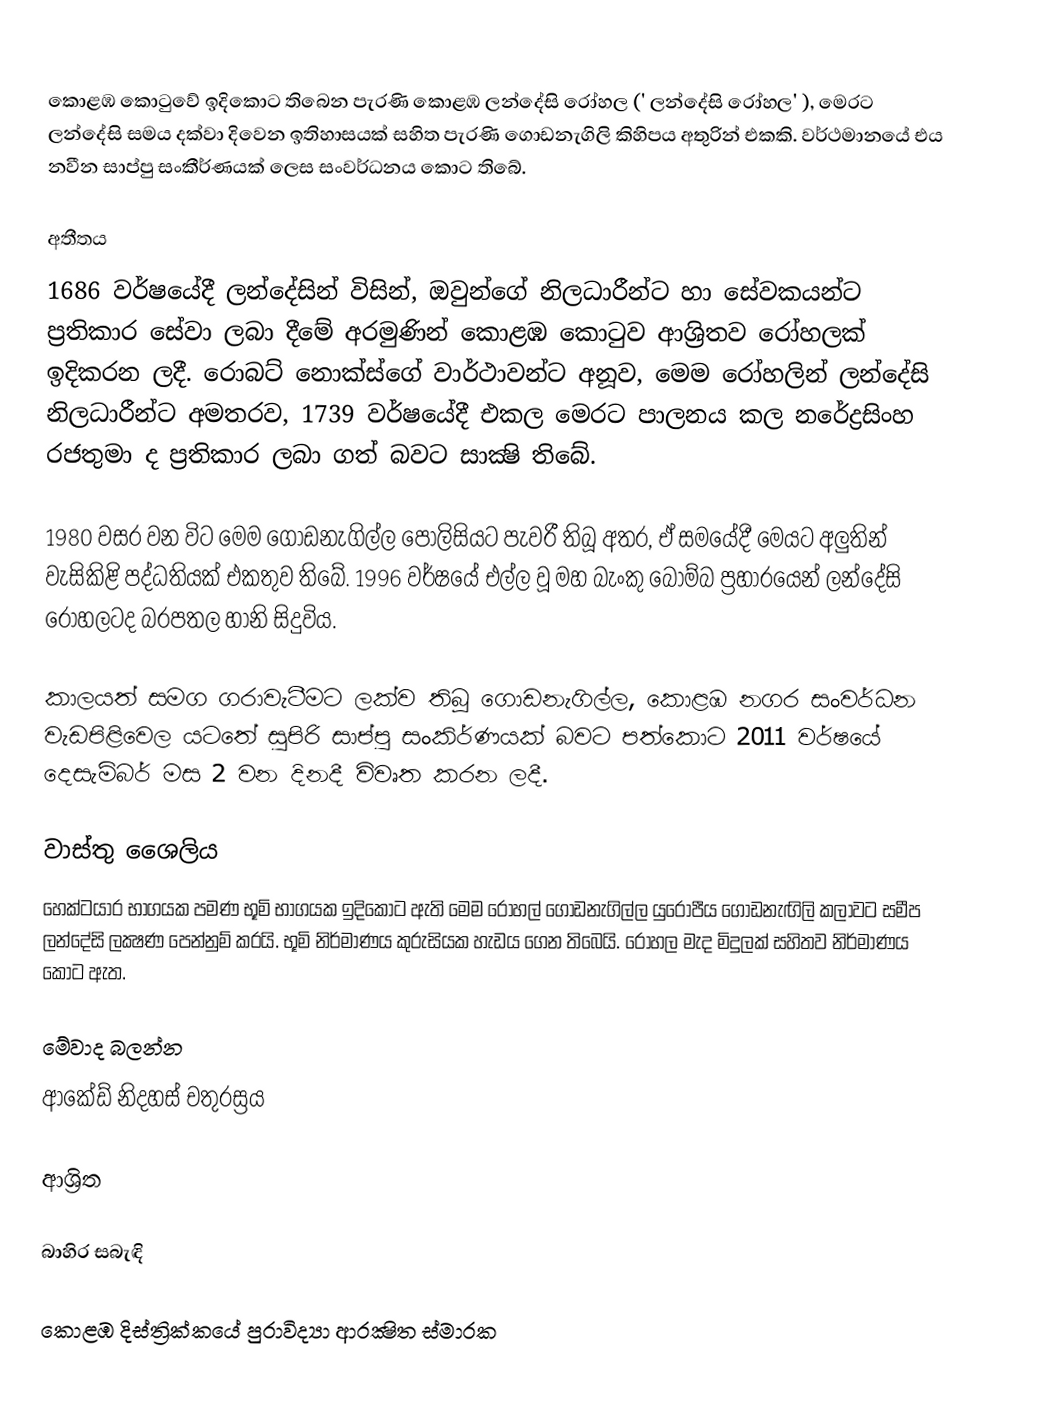
කොළඹ කොටු‍වේ ඉදිකොට තිබෙන පැරණි කොළඹ ලන්දේසි රෝහල (' ලන්දේසි රෝහල' ), මෙරට ලන්දේසි සමය දක්වා දිවෙන ඉතිහාසයක් සහිත පැරණි ගොඩනැගිලි කිහිපය අතුරින් එකකි. වර්ථමානයේ එය නවීන සාප්පු සංකීර්ණයක් ලෙස සංවර්ධනය කොට තිබේ.

අතීතය
1686 වර්ෂයේදී ලන්දේසින් විසින්, ඔවුන්ගේ නිලධාරීන්ට හා සේවකයන්ට ප්‍රතිකාර සේවා ලබා දීමේ අරමුණින් කොළඹ කොටු‍ව ආශ්‍රිතව රෝහලක්‌ ඉදිකරන ලදී. රොබට් නොක්ස්ගේ වාර්ථාවන්ට අනූව, මෙම රෝහලින් ලන්දේසි නිලධාරීන්ට අමතරව, 1739 වර්ෂයේදී එකල මෙරට පාලනය කල නරේද්‍රසිංහ රජතුමා ද ප්‍රතිකාර ලබා ගත් බවට සාක්‍ෂි තිබේ.

1980 වසර වන විට මෙම ගොඩනැගිල්ල පොලිසියට පැවරී තිබූ අතර, ඒ සමයේදී මෙයට අලුතින් වැසිකිළි පද්ධතියක් එකතුව තිබේ. 1996 වර්ෂයේ එල්ල වූ මහ බැංකු බෝම්බ ප්‍රහාරයෙන් ලන්දේසි රෝහලටද බරපතල හානි සිදුවිය.

කාලයත් සමග ගරාවැටීමට ලක්ව තිබූ ගොඩනැගිල්ල, කොළඹ නගර සංවර්ධන වැඩපිළිවෙල යටතේ සුපිරි සාප්පු සංකිර්ණයක් බවට පත්කොට 2011 වර්ෂයේ දෙසැම්බර් මස 2 වන දිනදී විවෘත කරන ලදී.

වාස්තු ශෙෙලිය
හෙක්‌ටයාර භාගයක පමණ භූමි භාගයක ඉදිකොට ඇති මෙම රෝහල් ගොඩනැගිල්ල යුරෝපීය ගොඩනැඟිලි කලාවට සමීප ලන්දේසි ලක්‍ෂණ පෙන්නුම් කරයි. භූමි නිර්මාණය කුරුසියක හැඩය ගෙන තිබෙයි. රෝහල මැද මිදුලක්‌ සහිතව නිර්මාණය කොට ඇත.

මේවාද බලන්න
ආකේඩ් නිදහස් චතුරස්‍රය‎

ආශ්‍රිත

බාහිර සබැඳි

කොළඹ දිස්ත්‍රික්කයේ පුරාවිද්‍යා ආරක්‍ෂිත ස්මාරක